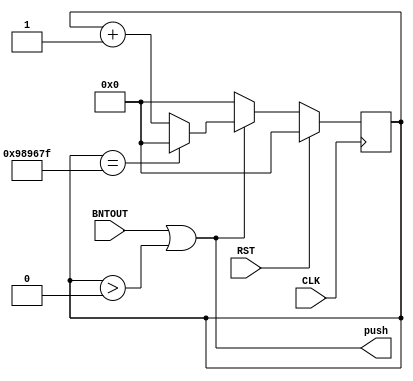
`timescale 1ns / 1ps
//////////////////////////////////////////////////////////////////////////////////
// Company: 
// Engineer: 
// 
// Design Name: 
// Module Name: bntpush
// Project Name: 
// Target Devices: 
// Tool Versions: 
// Description: 
// 
// Dependencies: 
// 
// Revision:
// Revision 0.01 - File Created
// Additional Comments:
// 
//////////////////////////////////////////////////////////////////////////////////


module bntpush(
    input CLK,
    input RST,
    input BNTOUT,
    output push
    );
    
    reg [23:0] cnt;
    assign push = (BNTOUT || cnt > 0);
    always @(posedge CLK) begin
        if(RST)
            cnt <= 0;
        else if(push) begin
            if(cnt == 24'd10000000 - 1)
                cnt <= 0;
            else
                cnt <= cnt + 1;
        end else
            cnt <= 0;
    end
    
endmodule